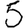
Digit: 5